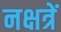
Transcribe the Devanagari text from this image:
नक्षत्रें